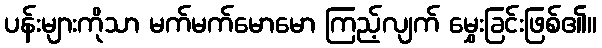
ပန်းများကိုသာ မက်မက်မောမော ကြည့်လျက် မွှေးခြင်းဖြစ်၏။